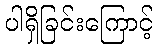
ပါရှိခြင်းကြောင့်